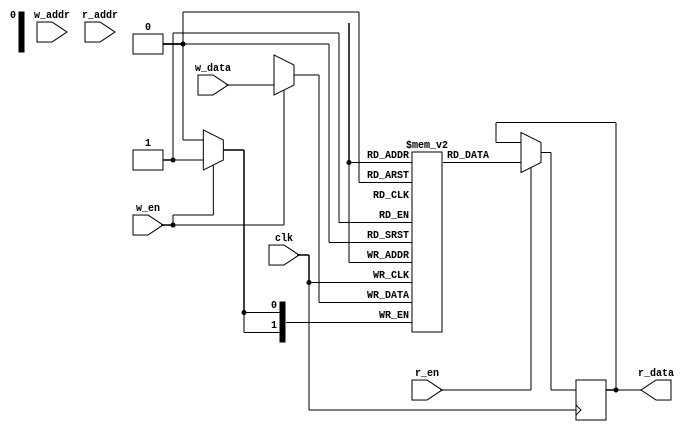
module iob_ram_2p
  #( 
     parameter HEXFILE = "none",
     parameter DATA_W = 0,
     parameter ADDR_W = 0
     ) 
   (
    input                   clk,

    //write port
    input                   w_en,
    input [ADDR_W-1:0]      w_addr,
    input [DATA_W-1:0]      w_data,

    //read port
    input                   r_en,
    input [ADDR_W-1:0]      r_addr,
    output reg [DATA_W-1:0] r_data
    );

   //this allows ISE 14.7 to work; do not remove
   localparam mem_init_file_int = HEXFILE;

   // Declare the RAM
   reg [DATA_W-1:0]         mem [(2**ADDR_W)-1:0];

   // Initialize the RAM
   initial
     if(mem_init_file_int != "none")
       $readmemh(mem_init_file_int, mem, 0, (2**ADDR_W) - 1);

   //read port
   always @(posedge clk)
      if(r_en)
        r_data <= mem[r_addr];

   //write port
   always @(posedge clk)
     if(w_en)
       mem[w_addr] <= w_data;

endmodule